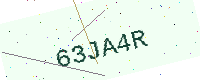
Text: 63JA4R